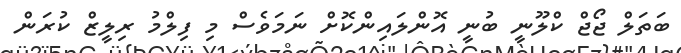
ބަތަލް ޖޯޖް ކްލޫނީ ބުނީ އޮންލައިންކޮށް ނަމަވެސް މި ފިލްމު ރިލީޒް ކުރަން